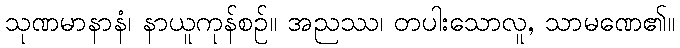
သုဏမာနာနံ၊ နာယူကုန်စဉ်။ အညဿ၊ တပါးသောလူ, သာမဏေ၏။